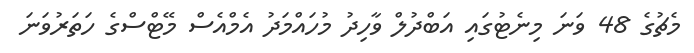
މެޗުގެ 48 ވަނަ މިނެޓުގައި އަބްދުލް ވާހިދު މުހައްމަދު އެމްއެސް މޭޓްސްގެ ހަތަރުވަނަ